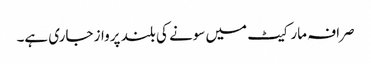
صرافہ مارکیٹ میں سونے کی بلند پرواز جاری ہے۔